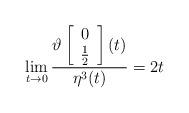
LaTeX: \begin{align*} \lim_{t\rightarrow 0} \frac{\vartheta \left[ \begin{array}{c} 0 \\\frac{1}{2} \end{array} \right](t)}{\eta^3 (t)}=2t\end{align*}